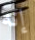
إنه